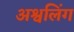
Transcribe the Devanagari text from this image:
अश्वलिंग